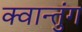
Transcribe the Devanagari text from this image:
क्वान्तुंग